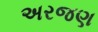
અરજણ